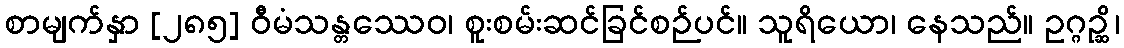
စာမျက်နှာ [၂၈၅] ဝီမံသန္တဿေဝ၊ စူးစမ်းဆင်ခြင်စဉ်ပင်။ သူရိယော၊ နေသည်။ ဥဂ္ဂဉ္ဆိ၊